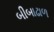
બીબાઢાળ